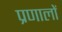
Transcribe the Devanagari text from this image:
प्रणालों